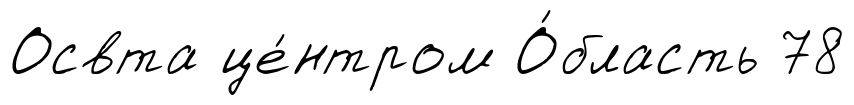
Освта це́нтром О́бласть 78